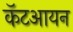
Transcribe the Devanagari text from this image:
कॅटआयन